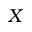
X